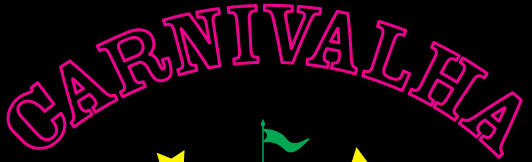
CARNIVALHA